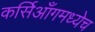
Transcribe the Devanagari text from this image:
कर्सिआँगमध्येच